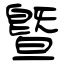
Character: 曁